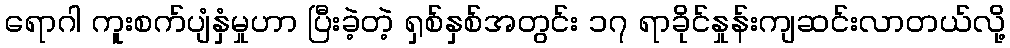
ရောဂါ ကူးစက်ပျံနှံမှုဟာ ပြီးခဲ့တဲ့ ရှစ်နှစ်အတွင်း ၁၇ ရာခိုင်နှုန်းကျဆင်းလာတယ်လို့